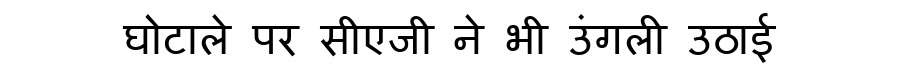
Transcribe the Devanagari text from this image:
घोटाले पर सीएजी ने भी उंगली उठाई